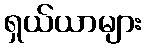
ရှယ်ယာများ